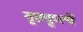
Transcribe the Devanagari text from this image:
गृहकृत्ये